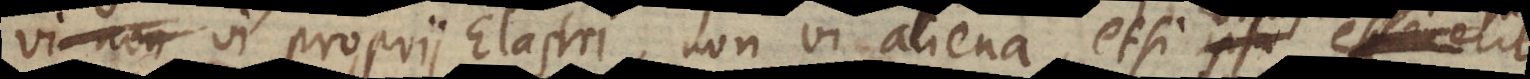
vi proprii Elastri, non vi aliena, etsi ipsa effecerit,